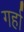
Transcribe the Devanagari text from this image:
गर्हा